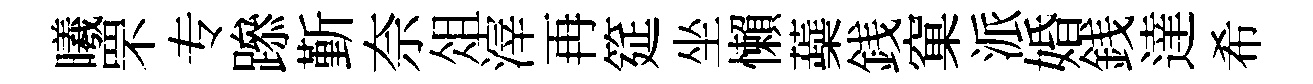
曦罘专𨅶斳奈俎滓再筵坐懶蘃銭窠派婚銭達希